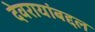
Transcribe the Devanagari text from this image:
देवरायांबद्दल